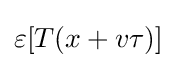
\varepsilon [T(x+v\tau )]